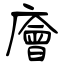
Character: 廥